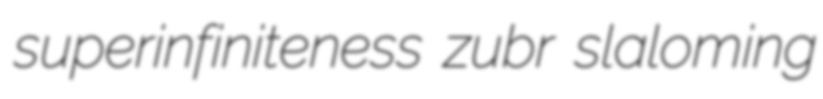
superinfiniteness zubr slaloming